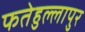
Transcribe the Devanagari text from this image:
फतेहुल्लापुर